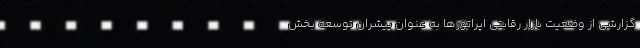
گزارشی از وضعیت بازار رقابتی اپراتورها به عنوان پیشران توسعه بخش